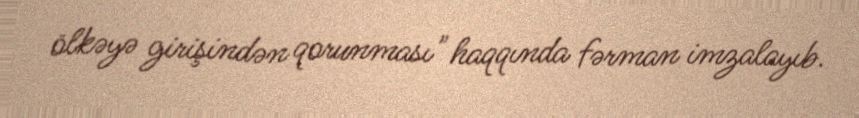
ölkəyə girişindən qorunması" haqqında fərman imzalayıb.